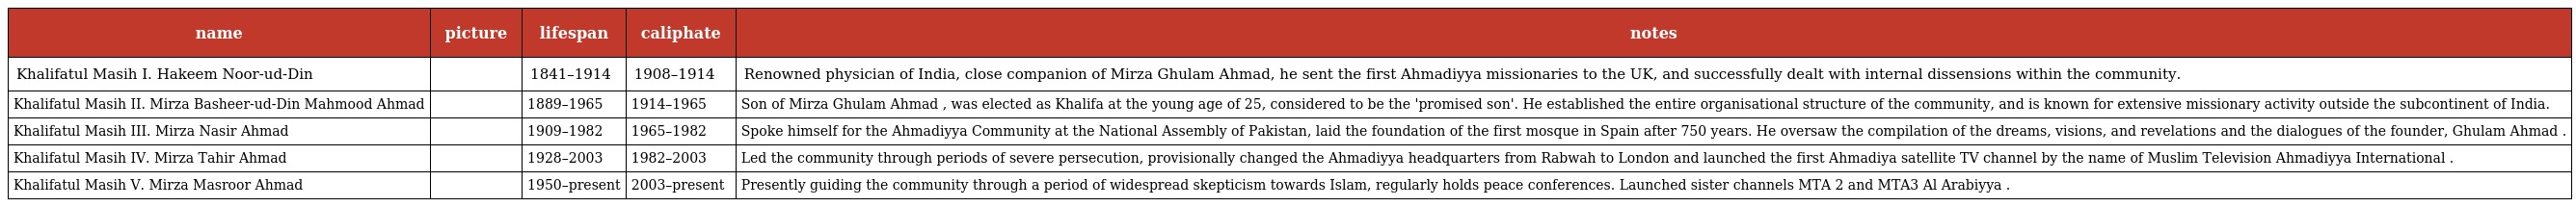
| name | picture | lifespan | caliphate | notes |
 | --- | --- | --- | --- | --- |
 | Khalifatul Masih I. Hakeem Noor-ud-Din |  | 1841–1914 | 1908–1914 | Renowned physician of India, close companion of Mirza Ghulam Ahmad, he sent the first Ahmadiyya missionaries to the UK, and successfully dealt with internal dissensions within the community. |
 | Khalifatul Masih II. Mirza Basheer-ud-Din Mahmood Ahmad |  | 1889–1965 | 1914–1965 | Son of Mirza Ghulam Ahmad , was elected as Khalifa at the young age of 25, considered to be the 'promised son'. He established the entire organisational structure of the community, and is known for extensive missionary activity outside the subcontinent of India. |
 | Khalifatul Masih III. Mirza Nasir Ahmad |  | 1909–1982 | 1965–1982 | Spoke himself for the Ahmadiyya Community at the National Assembly of Pakistan, laid the foundation of the first mosque in Spain after 750 years. He oversaw the compilation of the dreams, visions, and revelations and the dialogues of the founder, Ghulam Ahmad . |
 | Khalifatul Masih IV. Mirza Tahir Ahmad |  | 1928–2003 | 1982–2003 | Led the community through periods of severe persecution, provisionally changed the Ahmadiyya headquarters from Rabwah to London and launched the first Ahmadiya satellite TV channel by the name of Muslim Television Ahmadiyya International . |
 | Khalifatul Masih V. Mirza Masroor Ahmad |  | 1950–present | 2003–present | Presently guiding the community through a period of widespread skepticism towards Islam, regularly holds peace conferences. Launched sister channels MTA 2 and MTA3 Al Arabiyya . |